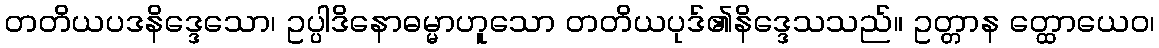
တတိယပဒနိဒ္ဒေသော၊ ဥပ္ပါဒိနောဓမ္မာဟူသော တတိယပုဒ်၏နိဒ္ဒေသသည်။ ဥတ္တာန တ္ထောယေဝ၊